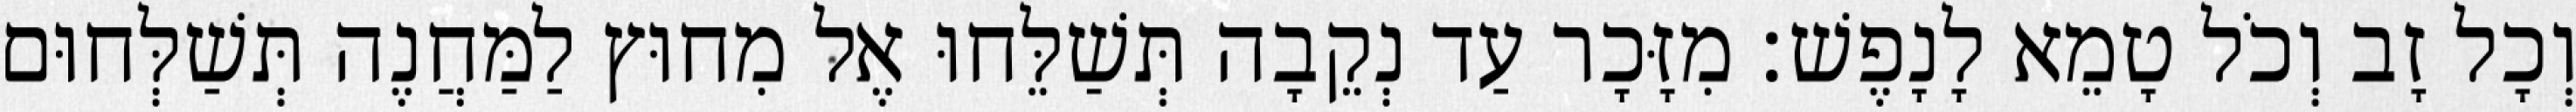
וְכָל זָב וְכֹל טָמֵא לָנָפֶשׁ׃ מִזָּכָר עַד נְקֵבָה תְּשַׁלֵּחוּ אֶל מִחוּץ לַמַּחֲנֶה תְּשַׁלְּחוּם